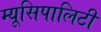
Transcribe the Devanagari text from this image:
म्यूसिपालिटी